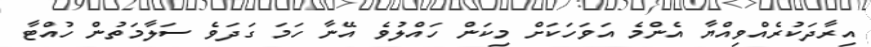
އިރާދަކުރެއްވިއްޔާ އެންމެ އަވަހަކަށް މިކަން ހައްލުވެ އޭނާ ހަމަ ގަދަވެ ސަލާމަތުން ހުއްޓާ